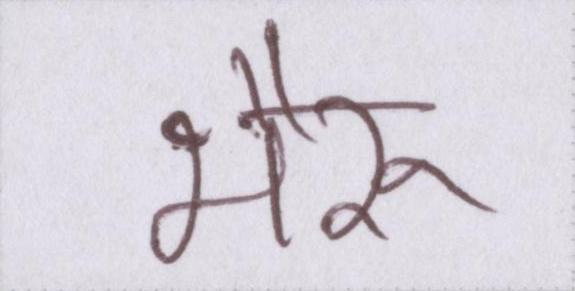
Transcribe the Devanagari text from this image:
भैरू